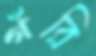
গঁরি